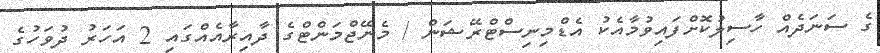
ގެ ސަނަދެއް ހާސިލުކޮށްފައިވުމާއެކު އެޑްމިނިސްޓްރޭޝަން / މެނޭޖްމަންޓްގެ ދާއިރާއެއްގައި 2 އަހަރު ދުވަހުގެ